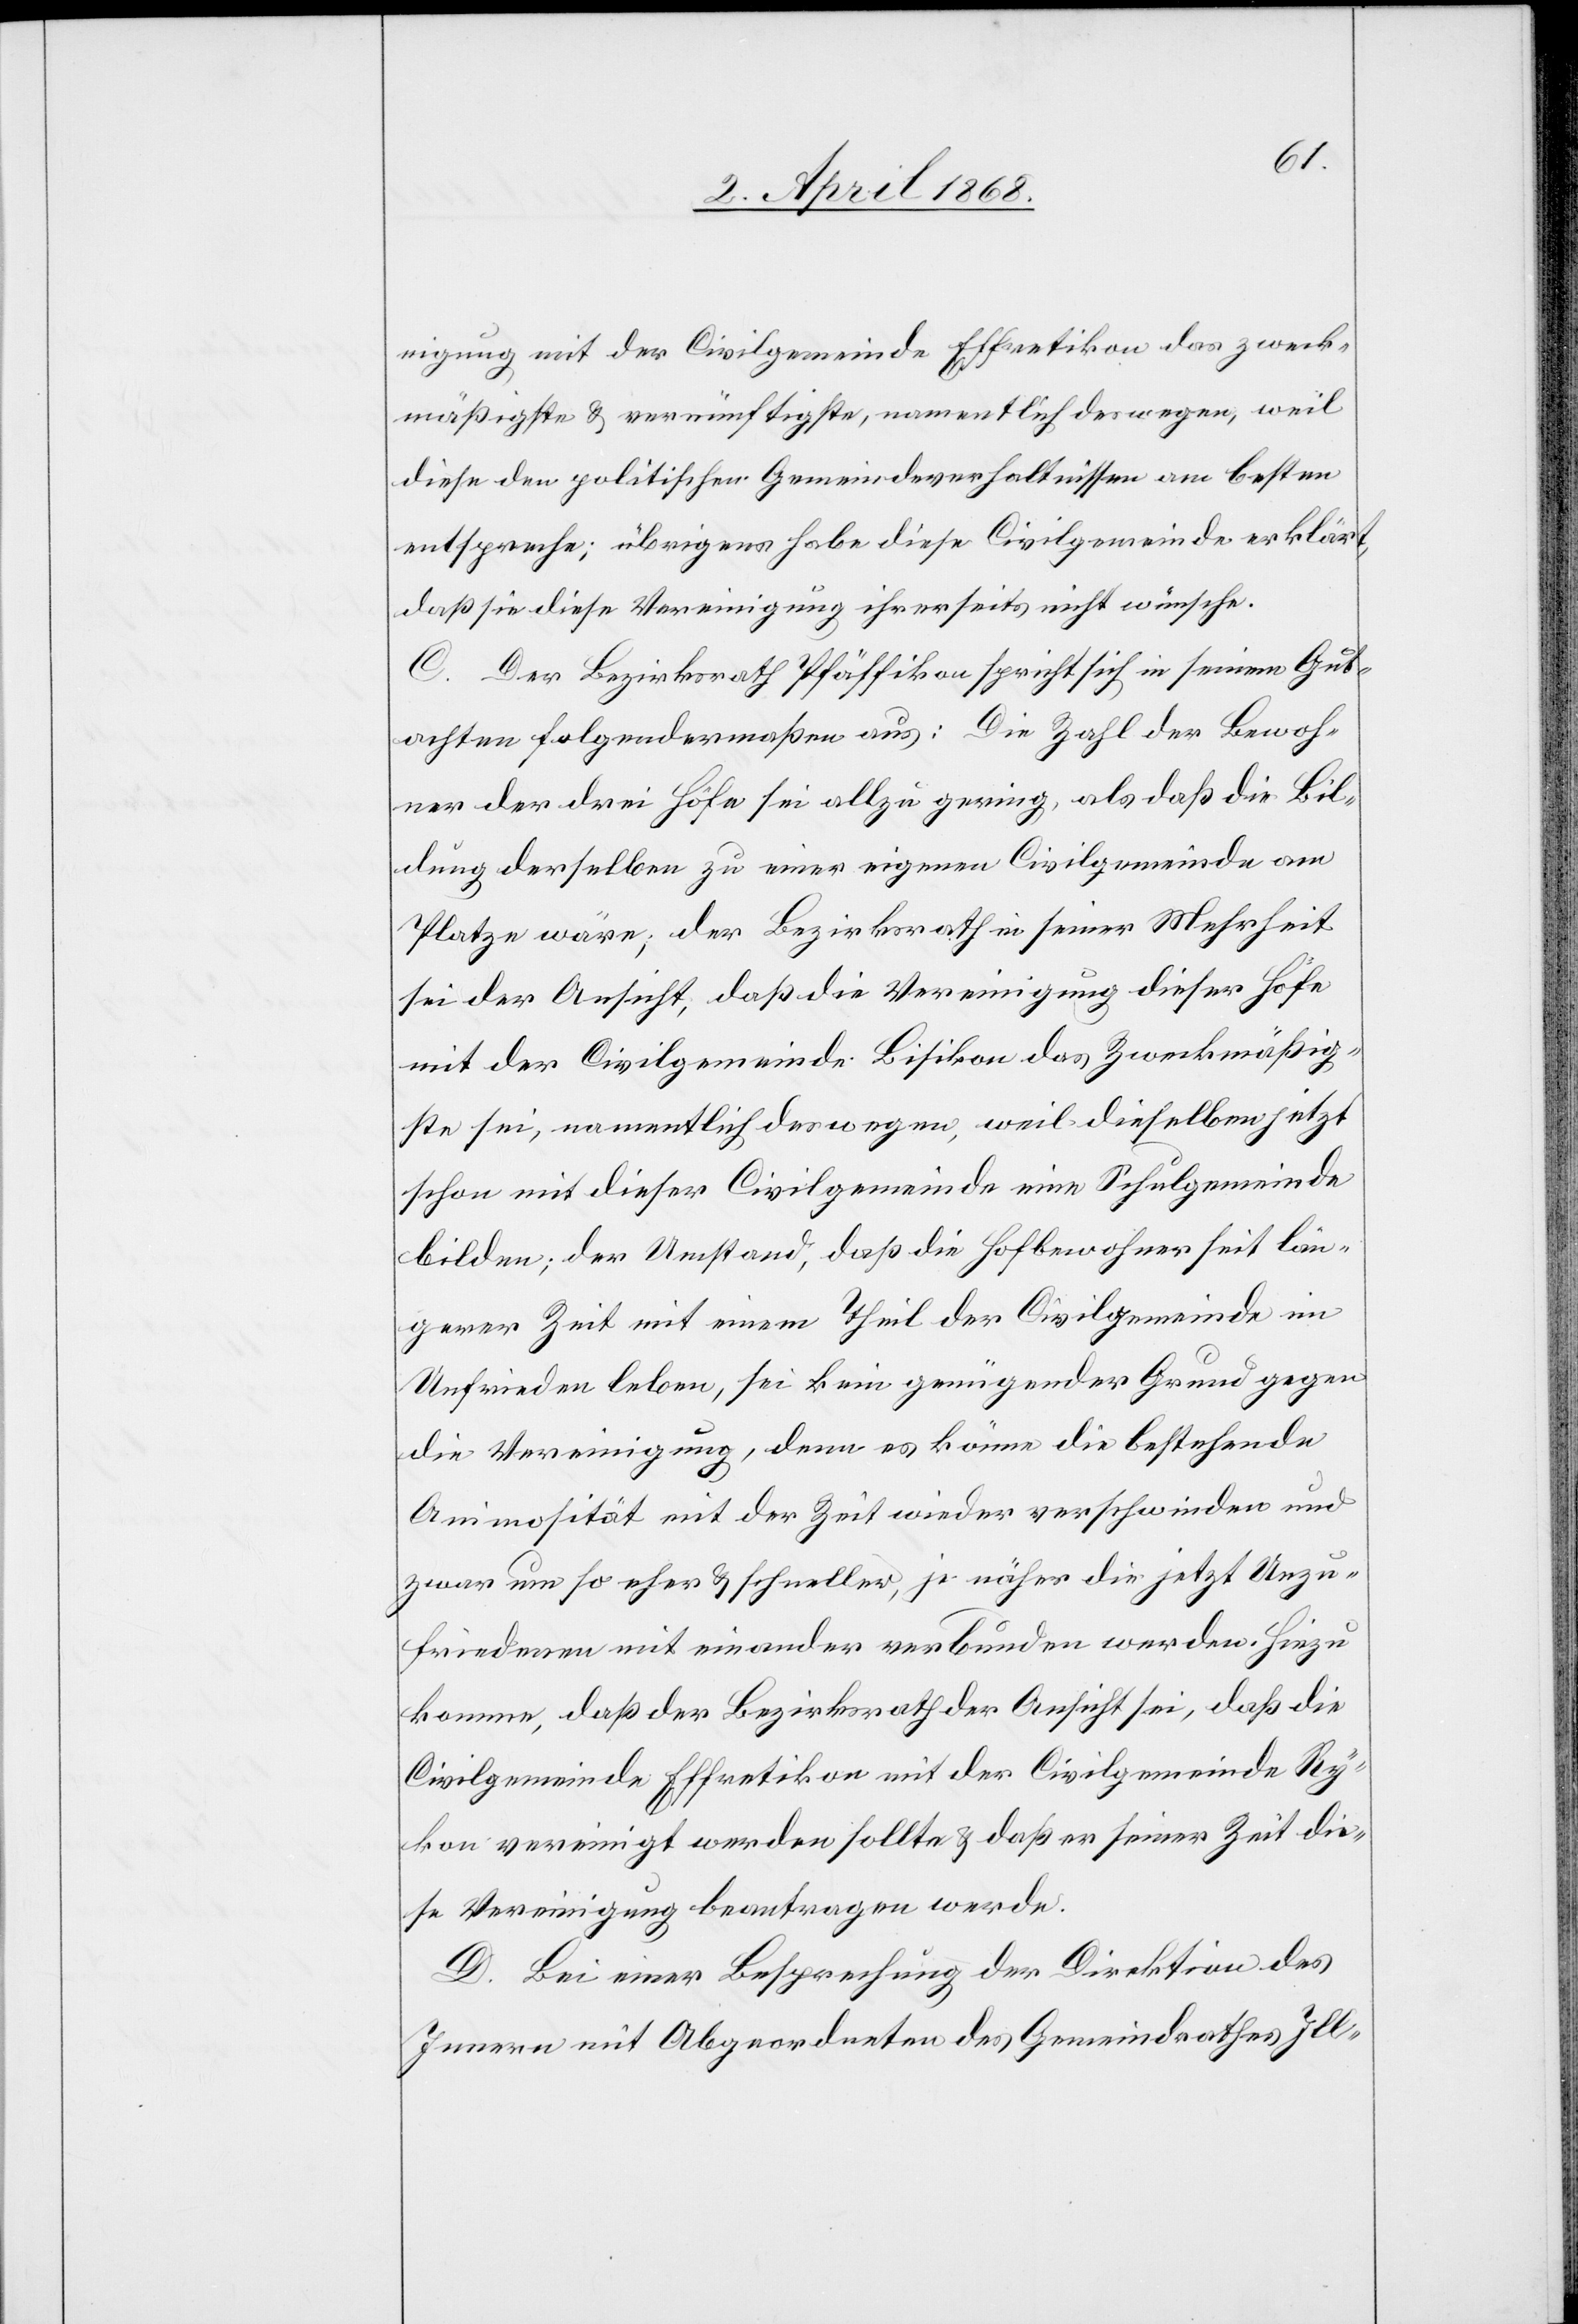
nigung mit der Civilgemeinde Effretikon das zweck¬
mäßigste & vernünftigste, namentlich deswegen, weil
diese den politischen Gemeindeverhältnissen am besten
entspreche; übrigens habe diese Civilgemeinde erklärt,
daß sie diese Vereinigung ihrerseits nicht wünsche.
C. Der Bezirksrath Pfäffikon spricht sich in seinem Gut¬
achten folgendermaßen aus: Die Zahl der Bewoh¬
ner der drei Höfe sei allzu gering, als daß die Bil¬
dung derselben zu einer eigenen Civilgemeinde am
Platze wäre; der Bezirksrath in seiner Mehrheit
sei der Ansicht, daß die Vereinigung dieser Höfe
mit der Civilgemeinde Bisikon das Zweckmäßig¬
ste sei, namentlich deswegen, weil dieselben jetzt
schon mit dieser Civilgemeinde eine Schulgemeinde
bilden; der Umstand, daß die Hofbewohner seit län¬
gerer Zeit mit einem Theil der Civilgemeinde im
Unfrieden leben, sei kein genügender Grund gegen
die Vereinigung, denn es könne die bestehende
Animosität mit der Zeit wieder verschwinden und
zwar um so eher & schneller, je näher die jetzt Unzu¬
friedenen mit einander verbunden werden. Hiezu
komme, daß der Bezirksrath der Ansicht sei, daß die
Civilgemeinde Effretikon mit der Civilgemeinde Ry¬
kon vereinigt werden sollte & daß er seiner Zeit die¬
se Vereinigung beantragen werde.
D. Bei einer Besprechung der Direktion des
Innern mit Abgeordneten des Gemeindrathes Ill-